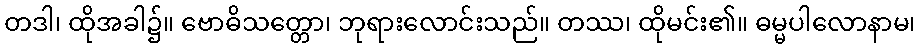
တဒါ၊ ထိုအခါ၌။ ဗောဓိသတ္တော၊ ဘုရားလောင်းသည်။ တဿ၊ ထိုမင်း၏။ ဓမ္မပါလောနာမ၊